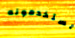
يستخدمونه